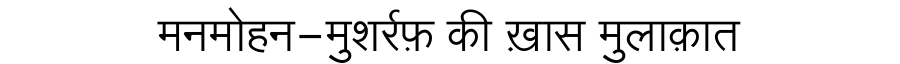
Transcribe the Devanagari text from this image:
मनमोहन-मुशर्रफ़ की ख़ास मुलाक़ात